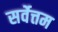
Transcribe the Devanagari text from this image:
सर्वेत्तम